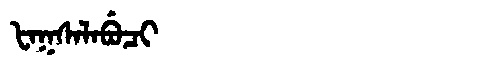
Manchu: ᡶᠠᡴᠰᠠᠯᠠᠪᡠᠴᡳ
Romanization: FAKSALABUCI